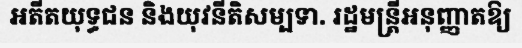
អតីតយុទ្ធជន និងយុវនីតិសម្បទា. រដ្ឋមន្ត្រីអនុញ្ញាតឱ្យ